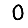
Digit: 0